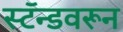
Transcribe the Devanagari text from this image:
स्टॅन्डवरून